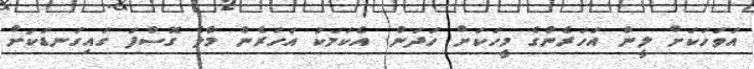
އަވަހަކަށް ލީން އަހަރެންގެ މީހަކަށް ހަދަން. އެކަމަކު އަހަރެން މާލެ ގޮސްފަ ގައިގަނޑަކަށް